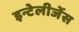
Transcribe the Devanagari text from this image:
इन्टेलीजेंस